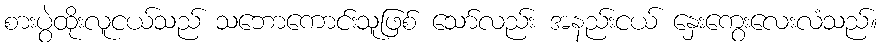
စားပွဲထိုးလူငယ်သည် သဘောကောင်းသူဖြစ် သော်လည်း အနည်းငယ် နှေးကွေးလေးလံသည်။